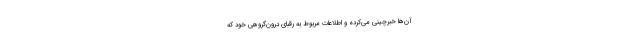
آن‌ها خبرچینی می‌کرده و اطلاعات مربوط به رقبای درون‌گروهی خود که